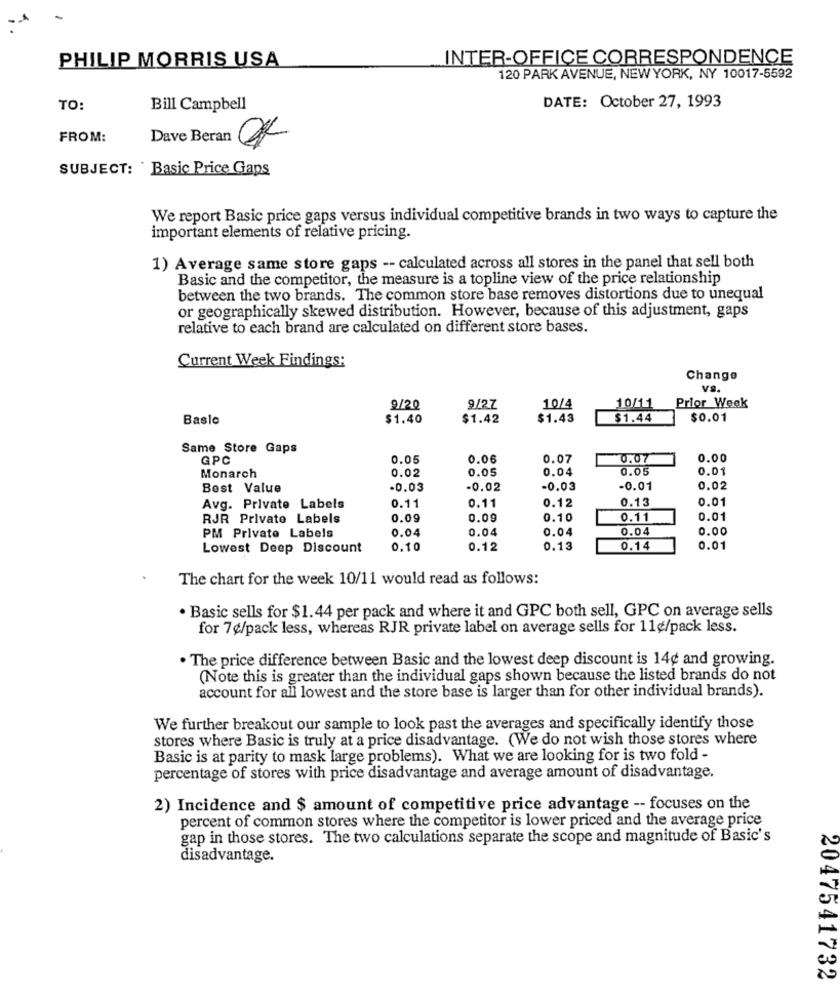
PHILIP MORRIS USA
INTER-OFFICE CORRESPONDENCE
120 PARK AVENUE, NEW YORK, NY 10017-5592
DATE: October 27, 1993
TO:
Bill Campbell
FROM:
Dave Beran
SUBJECT: ' Basic Price Gaps
We report Basic price gaps versus individual competitive brands in two ways to capture the
important elements of relative pricing.
1) Average same store gaps -- calculated across all stores in the panel that sell both
Basic and the competitor, the measure is a topline view of the price relationship
between the two brands. The common store base removes distortions due to unequal
or geographically skewed distribution. However, because of this adjustment, gaps
relative to each brand are calculated on different store bases.
Current Week Findings:
Change
VS.
9/20
9/27
10/4
10/11
Prior Week
Baslo
$1.40
$1.42
$1.43
$1.44
$0.01
Same Store Gaps
GPC
0.05
0.06
0.07
0.07
0.00
0.02
0.05
0.04
0.05
0.01
Monarch
Best Value
-0.03
-0.02
-0.03
-0.01
0.02
0.13
0.01
Avg. Private Labels
0.11
0.11
0.12
RJR Private Labels
0.09
0.09
0.10
0.11
0.01
0.04
0.04
0.04
0.04
0.00
PM Private Labels
Lowest Deep Discount
0.10
0.12
0.13
0.14
0.0
The chart for the week 10/11 would read as follows:
· Basic sells for $1.44 per pack and where it and GPC both sell, GPC on average sells
for 7¢/pack less, whereas RJR private label on average sells for 11¢/pack less.
The price difference between Basic and the lowest deep discount is 14¢ and growing.
(Note this is greater than the individual gaps shown because the listed brands do not
account for all lowest and the store base is larger than for other individual brands).
We further breakout our sample to look past the averages and specifically identify those
stores where Basic is truly at a price disadvantage. (We do not wish those stores where
Basic is at parity to mask large problems). What we are looking for is two fold -
percentage of stores with price disadvantage and average amount of disadvantage.
2) Incidence and $ amount of competitive price advantage -- focuses on the
percent of common stores where the competitor is lower priced and the average price
gap in those stores. The two calculations separate the scope and magnitude of Basic's
disadvantage.
2047541732